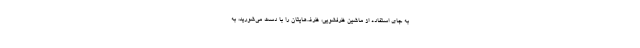
به جای استفاده از ماشین ظرفشویی، ظرف‌هایتان را با دست می‌شورید، به